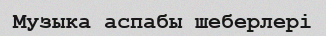
Музыка аспабы шеберлері